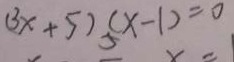
( 3 x + 5 ) ( x - 1 ) = 0